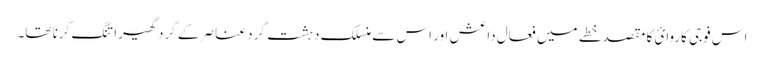
اس فوجی کاروائ کا مقصد خطے میں فعال داعش اور اس سے منسلک دہشت گرد عناصر کے گرد گھیرا تنگ کرنا تھا۔